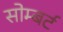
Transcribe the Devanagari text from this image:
सोम्बर्ट